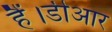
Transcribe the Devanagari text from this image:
हैं।डीआर